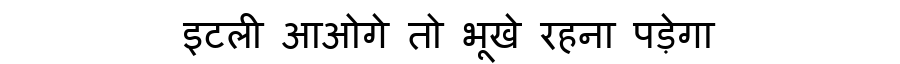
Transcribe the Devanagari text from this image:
इटली आओगे तो भूखे रहना पड़ेगा